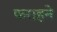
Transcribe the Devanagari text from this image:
फराहने